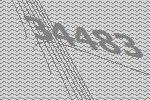
34483